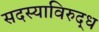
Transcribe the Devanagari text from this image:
सदस्याविरुद्ध